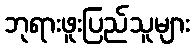
ဘုရားဖူးပြည်သူများ